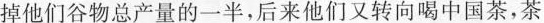
掉他们谷物总产量的一半，后来他们又转向喝中国茶，茶